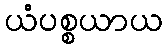
ယံပစ္စယာယ